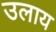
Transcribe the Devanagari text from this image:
उलाय